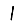
Digit: 1